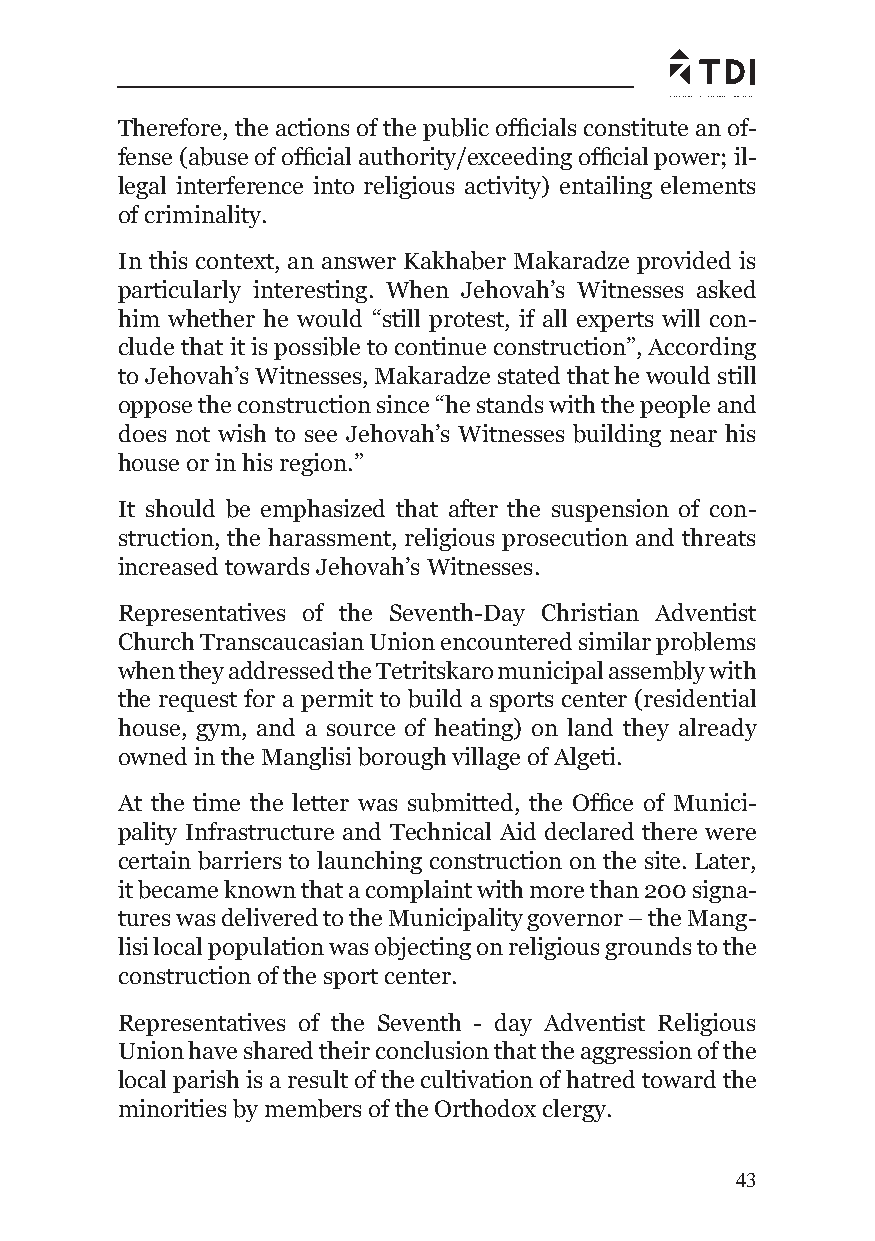
Therefore, the actions of the public offi cials constitute an of-
 fense (abuse of offi cial authority/exceeding offi cial power; il-
 legal interference into religious activity) entailing elements
 of criminality.
 In this context, an answer Kakhaber Makaradze provided is
 particularly interesting. When Jehovah’s Witnesses asked
 him whether he would “still protest, if all experts will con-
 clude that it is possible to continue construction”, According
 to Jehovah’s Witnesses, Makaradze stated that he would still
 oppose the construction since “he stands with the people and
 does not wish to see Jehovah’s Witnesses building near his
 house or in his region.”
 It should be emphasized that after the suspension of con-
 struction, the harassment, religious prosecution and threats
 increased towards Jehovah’s Witnesses.
 Representatives of the Seventh-Day Christian Adventist
 Church Transcaucasian Union encountered similar problems
 when they addressed the Tetritskaro municipal assembly with
 the request for a permit to build a sports center (residential
 house, gym, and a source of heating) on land they already
 owned in the Manglisi borough village of Algeti.
 At the time the letter was submitted, the Offi ce of Munici-
 pality Infrastructure and Technical Aid declared there were
 certain barriers to launching construction on the site. Later,
 it became known that a complaint with more than 200 signa-
 tures was delivered to the Municipality governor – the Mang-
 lisi local population was objecting on religious grounds to the
 construction of the sport center.
 Representatives of the Seventh - day Adventist Religious
 Union have shared their conclusion that the aggression of the
 local parish is a result of the cultivation of hatred toward the
 minorities by members of the Orthodox clergy.
 43